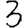
Digit: 3